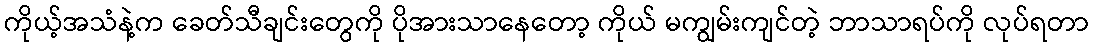
ကိုယ့်အသံနဲ့က ခေတ်သီချင်းတွေကို ပိုအားသာနေတော့ ကိုယ် မကျွမ်းကျင်တဲ့ ဘာသာရပ်ကို လုပ်ရတာ